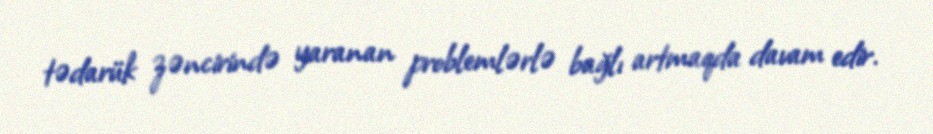
tədarük zəncirində yaranan problemlərlə bağlı artmaqda davam edir.